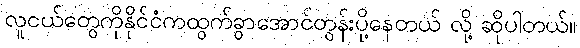
လူငယ်တွေကိုနိုင်ငံကထွက်ခွာအောင်တွန်းပို့နေတယ် လို့ ဆိုပါတယ်။